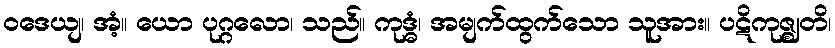
ဝဒေယျ၊ အံ့။ ယော ပုဂ္ဂလော၊ သည်။ ကုဒ္ဓံ၊ အမျက်ထွက်သော သူအား။ ပဋိကုဇ္ဈတိ၊